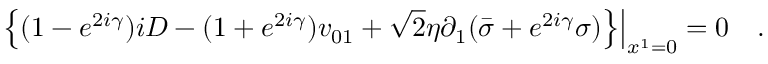
\left. \left\{ ( 1 - e ^ { 2 i \gamma } ) i D - ( 1 + e ^ { 2 i \gamma } ) v _ { 0 1 } + { \sqrt 2 } \eta \partial _ { 1 } ( { \bar { \sigma } } + e ^ { 2 i \gamma } \sigma ) \right\} \right| _ { x ^ { 1 } = 0 } = 0 \quad .